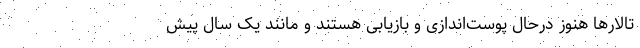
تالارها هنوز درحال پوست‌اندازی و بازیابی هستند و مانند یک سال پیش